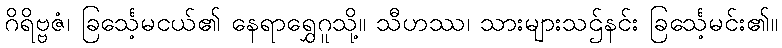
ဂိရိဗ္ဗဇံ၊ ခြင်္သေ့မငယ်၏ နေရာရွှေဂူသို့။ သီဟဿ၊ သားများသဌ်နင်း ခြင်္သေ့မင်း၏။